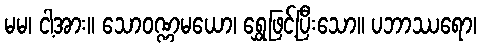
မမ၊ ငါ့အား။ သောဝဏ္ဏမယော၊ ရွှေဖြင့်ပြီးသော။ ပဘာဿရော၊